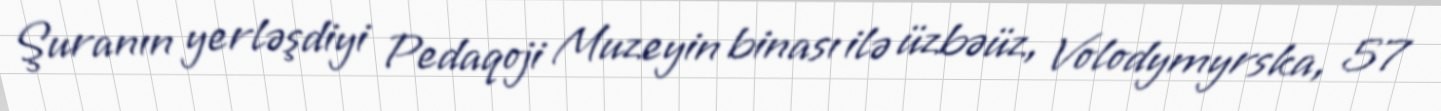
Şuranın yerləşdiyi Pedaqoji Muzeyin binası ilə üzbəüz, Volodymyrska, 57